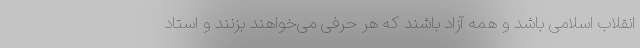
انقلاب اسلامی باشد و همه آزاد باشند که هر حرفی می‌خواهند بزنند و استاد